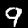
Digit: 9